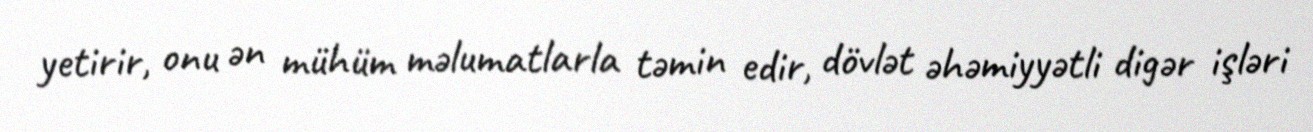
yetirir, onu ən mühüm məlumatlarla təmin edir, dövlət əhəmiyyətli digər işləri